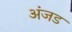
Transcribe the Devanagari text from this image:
अंजड